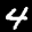
Label: 4